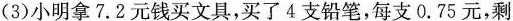
(3)小明拿7.2元钱买文具，买了4支铅笔，每支0.75元，剩